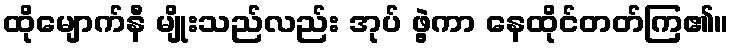
ထိုမျောက်နီ မျိုးသည်လည်း အုပ် ဖွဲ့ကာ နေထိုင်တတ်ကြ၏။